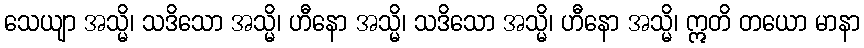
သေယျာ အသ္မိ၊ သဒိသော အသ္မိ၊ ဟီနော အသ္မိ၊ သဒိသော အသ္မိ၊ ဟီနော အသ္မိ၊ ဣတိ တယော မာနာ